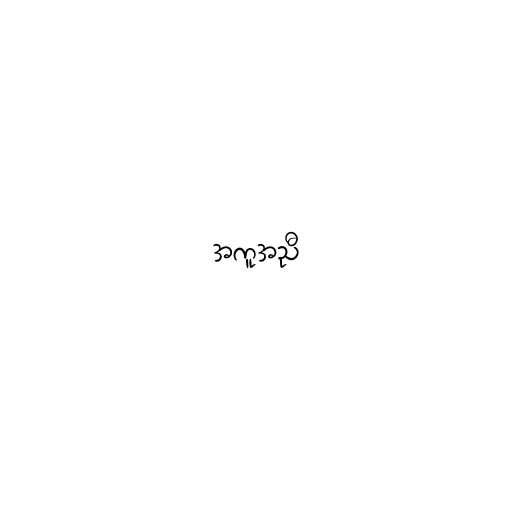
အကူအညီ